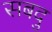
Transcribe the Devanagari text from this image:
सबदु